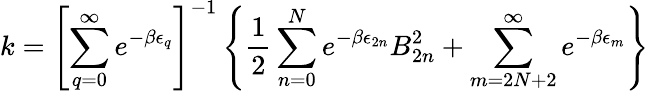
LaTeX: k=\left[\sum_{q=0}^{\infty}e^{-\beta\epsilon_{q}}\right]^{-1}\left\{ \frac{1}{2}\sum_{n=0}^{N}e^{-\beta\epsilon_{2n}}B_{2n}^{2}+\sum_{m=2N+2}^{\infty}e^{-\beta\epsilon_{m}}\right\}